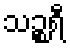
သဉ္စရီ